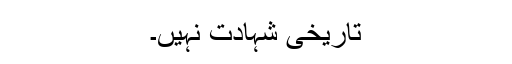
تاریخی شہادت نہیں۔